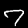
Label: 7